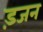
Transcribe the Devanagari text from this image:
ड़जन